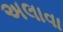
અલાવા